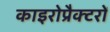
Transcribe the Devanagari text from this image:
काइरोप्रैक्टरों